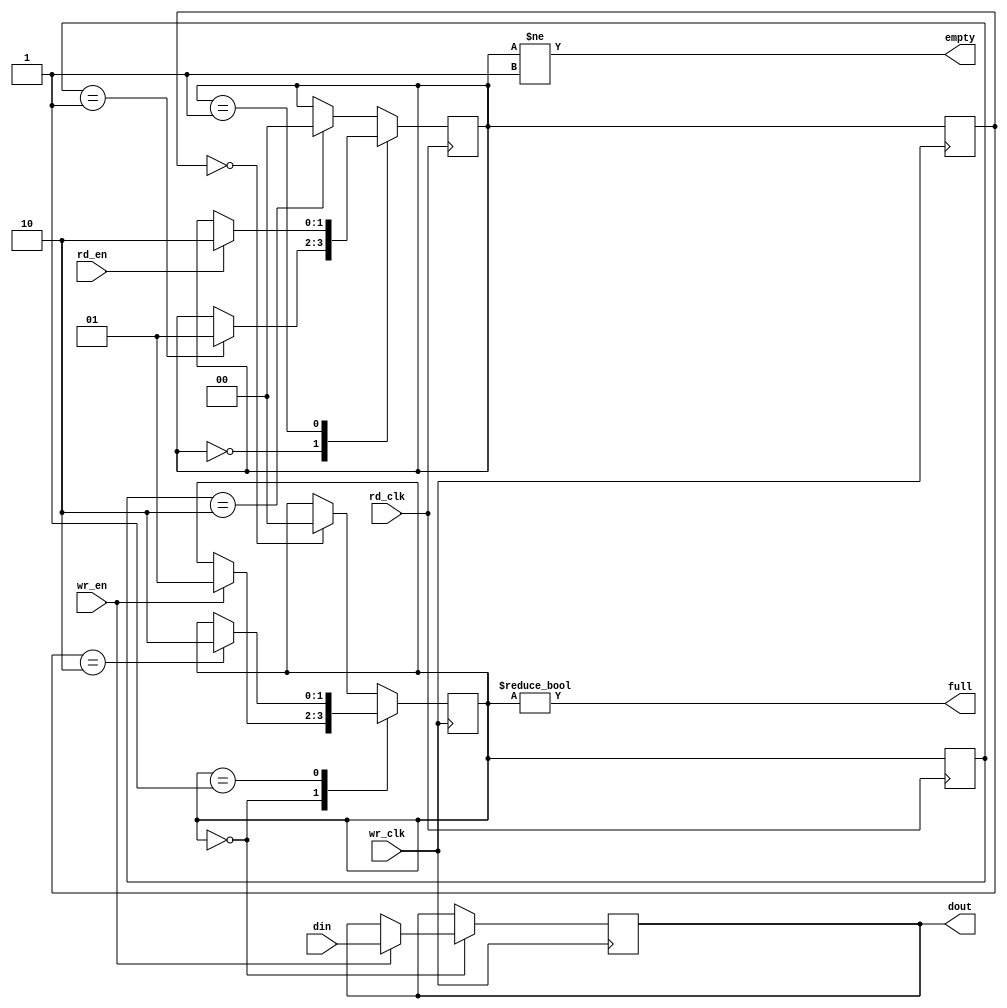
`timescale 1ns / 1ps
//
// This file is part of the Next186 Soc PC project
// http://opencores.org/project,next186
//
// Description: cross clock domain 1 byte FIFO
// Version 1.0
//
//
/////////////////////////////////////////////////////////////////////////////////
// 
// Copyright (C) 2016 Nicolae Dumitrache
// 
// This source file may be used and distributed without 
// restriction provided that this copyright statement is not 
// removed from the file and that any derivative work contains 
// the original copyright notice and the associated disclaimer.
// 
// This source file is free software; you can redistribute it 
// and/or modify it under the terms of the GNU Lesser General 
// Public License as published by the Free Software Foundation;
// either version 2.1 of the License, or (at your option) any 
// later version. 
// 
// This source is distributed in the hope that it will be 
// useful, but WITHOUT ANY WARRANTY; without even the implied 
// warranty of MERCHANTABILITY or FITNESS FOR A PARTICULAR 
// PURPOSE. See the GNU Lesser General Public License for more 
// details. 
// 
// You should have received a copy of the GNU Lesser General 
// Public License along with this source; if not, download it 
// from http://www.opencores.org/lgpl.shtml 
// 
///////////////////////////////////////////////////////////////////////////////////
// Additional Comments: 
//////////////////////////////////////////////////////////////////////////////////


module q1(
	   input wr_clk,
		input wr_en,
		input [7:0]din,
		output full,
		
	   input rd_clk,
		input rd_en,
		output reg [7:0]dout,
		output empty
	);

	reg [1:0]stw = 2'b00;   // wr_clk domain write state
	reg [1:0]str = 2'b00;   // rd_clk domain read state
	reg [1:0]wstr = 2'b00;  // wr clk domain read state
	reg [1:0]rstw = 2'b00;  // rd_clk domain write state
	assign full = stw != 2'b00;
	assign empty = str != 2'b01;
	
	always @(posedge wr_clk) begin
		wstr <= str;
		case(stw)
			2'b00: if(wr_en) {stw, dout} <= {2'b01, din};
			2'b01: if(wstr == 2'b10) stw <= 2'b10;	// full
			default: if(wstr == 2'b00) stw <= 2'b00;
		endcase
	end

	always @(posedge rd_clk) begin
		rstw <= stw;
		case(str)
			2'b00: if(rstw == 2'b01) str <= 2'b01;	
			2'b01: if(rd_en) str <= 2'b10;	  // full
			default: if(rstw == 2'b10) str <= 2'b00; 
		endcase
	end
	
endmodule

/*                 +----------------------+
                   |                      |
                   |  write(stw)          |      read(str)
                   V    +-+               |        +-+ 
               +------>>|0|               +--------|0|<<------+
               |        +-+                        +-+ empty  |
               |         |                          |         |
               |         |write            +------>>|         |
               |         |                 |        |         |
               |         V                 |        V         |
               |        +-+                |       +-+        |
               |   full |1|----------------+       |1|        |
               |        +-+                        +-+        |
               |         |                          |         |
               |         |<<-----+                  |read     |
               |         |       |                  |         |
               |         V       |                  V         |
               |        +-+      |                 +-+        |
               |   full |2|---+  +-----------------|2| empty  |
               |        +-+   |                    +-+        |
               |         |    |                     |         |
               |         |    +------------------->>|         |
               +---------+                          +---------+
*/